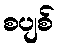
စပျစ်